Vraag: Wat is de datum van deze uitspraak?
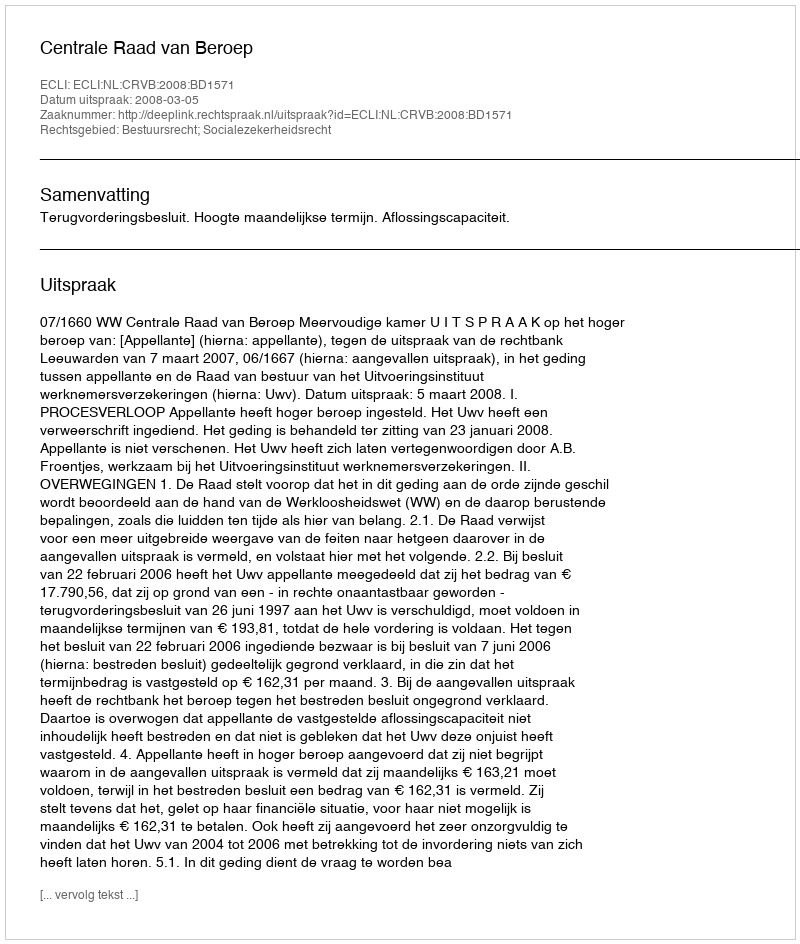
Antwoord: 2008-03-05